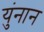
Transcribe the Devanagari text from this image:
युंनान